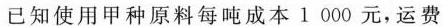
已知使用甲种原料每吨成本1000元，运费